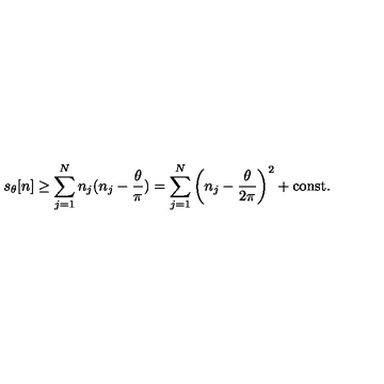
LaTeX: s _ { \theta } [ n ] \geq \sum _ { j = 1 } ^ { N } n _ { j } ( n _ { j } - \frac { \theta } { \pi } ) = \sum _ { j = 1 } ^ { N } \left( n _ { j } - \frac { \theta } { 2 \pi } \right) ^ { 2 } + \mathrm { c o n s t . }